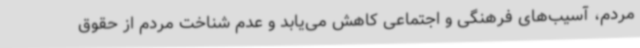
مردم، آسیب‌های فرهنگی و اجتماعی کاهش می‌یابد و عدم شناخت مردم از حقوق